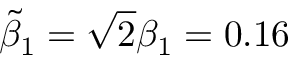
\tilde { \beta } _ { 1 } = \sqrt { 2 } \beta _ { 1 } = 0 . 1 6